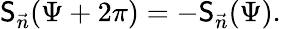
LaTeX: \mathsf{S}_{\vec{{n}}}(\Psi+2\pi)=-\mathsf{S}_{\vec{{n}}}(\Psi).